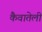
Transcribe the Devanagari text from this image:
कैवातेली